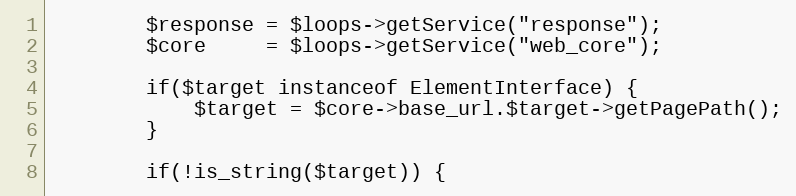
Language: PHP
        $response = $loops->getService("response");
        $core     = $loops->getService("web_core");

        if($target instanceof ElementInterface) {
            $target = $core->base_url.$target->getPagePath();
        }

        if(!is_string($target)) {